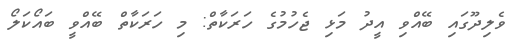
ވެލިދޫގައި ބޭއްވި އީދު މަޅި ޖެހުމުގެ ހަރަކާތް: މި ހަރަކާތް ބޭއްވީ ބައޯކަލޯ